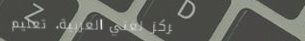
مركز لغتي العربية، تعليم